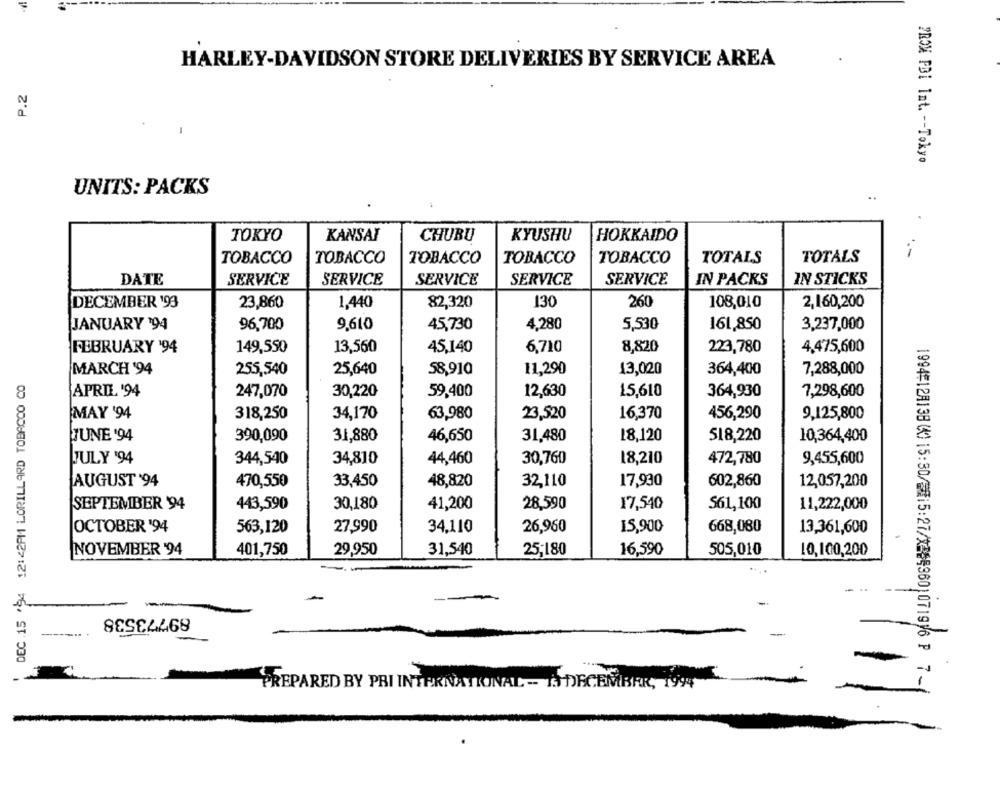
HARLEY-DAVIDSON STORE DELIVERIES BY SERVICE AREA
P.2
-
PROM FBi Int. -- Tokyo
UNITS: PACKS
TOKYO
KANSAI
CHUBU
KYUSHU
HOKKAIDO
---
TOBACCO
TOBACCO
TOBACCO
TOBACCO
TOBACCO
TOTALS
TOTALS
DATE
SERVICE
SERVICE
SERVICE
SERVICE
SERVICE
IN PACKS
IN STICKS
DECEMBER '93
23,860
1,440
82,320
130
260
108,010
2,160,200
JANUARY '94
96,700
9,610
45,730
4,280
5,530
161,850
3,237,000
149,550
13,560
45,140
6,710
8,820
223,780
4,475,600
FEBRUARY '94
MARCH '94
255,540
25,640
58,910
11,290
13,020
364,400
7,288,000
DEC .15 '94 12:42PM LORILLARD TOBACCO CO
APRIL '94
247,070
30,220
59,400
12,630
15,610
364,930
7,298,600
MAY '94
318,250
34,170
63,980
23,520
16,370
456,290
9,125,800
JUNE '94
390,090
31,880
46,650
31,480
18,120
518,220
10,364,400
JULY '94
344,540
34,810
44,460
30,760
18,210
472,780
9,455,600
AUGUST '94
470,550
33,450
32,110
17,930
602,860
48,820
12,057,200
SEPTEMBER 94
443,590
30,180
41,200
28.590
17,540
$61,100
11,222,000
OCTOBER '94
563,120
27,990
34,110
26,960
15,900
668,080
13,361,600
NOVEMBER '94
401,750
29,950
31,540
25;180
16,590
505,010
10,100,200
-
--
89773538
----
PREPARED BY PRI INTERNATIONAL -- 13 DECEMBER, 1994
1994#128138 (0) 15:30/5015:27/X264360)071916 P 7-